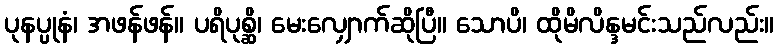
ပုနပ္ပုနံ၊ အဖန်ဖန်။ ပရိပုစ္ဆိ၊ မေးလျှောက်ဆိုပြီ။ သောပိ၊ ထိုမိလိန္ဒမင်းသည်လည်း။